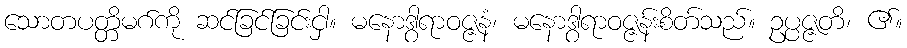
သောတပတ္တိမဂ်ကို ဆင်ခြင်ခြင်းငှါ။ မနောဒွါရာဝဇ္ဇနံ၊ မနောဒွါရာဝဇ္ဇန်းစိတ်သည်။ ဥပ္ပဇ္ဇတိ၊ ၏။